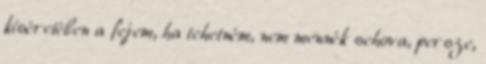
kíséretében a fejem, ha tehetném, nem mennék sehova, persze,